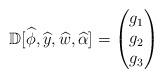
LaTeX: \begin{align*}{\mathbb D} [\widehat \phi, \widehat y, \widehat w, \widehat \alpha] = \begin{pmatrix}g_1 \\g_2 \\g_3 \end{pmatrix}\end{align*}